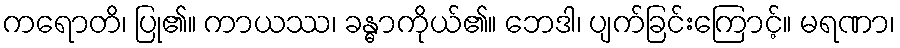
ကရောတိ၊ ပြု၏။ ကာယဿ၊ ခန္ဓာကိုယ်၏။ ဘေဒါ၊ ပျက်ခြင်းကြောင့်။ မရဏာ၊